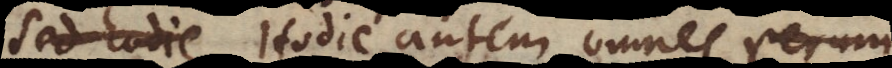
censent. Hodie autem omnes rerum